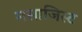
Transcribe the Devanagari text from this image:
मसाजिस्ट